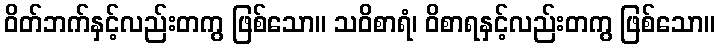
ဝိတ်ဘက်နှင့်လည်းတကွ ဖြစ်သော။ သဝိစာရံ၊ ဝိစာရနှင့်လည်းတကွ ဖြစ်သော။